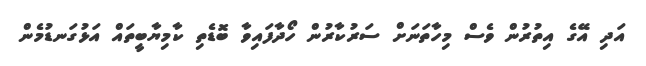
އަދި އޭގެ އިތުރުން ވެސް މިހާތަނަށް ސަރުކާރުން ހޯދާފައިވާ ބޮޑެތި ކާމިޔާބީތައް އަޅުގަނޑުމެން